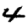
Digit: 4